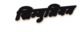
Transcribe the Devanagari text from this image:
सिम्युलियम